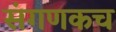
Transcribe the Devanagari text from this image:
संगणकच